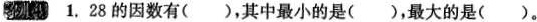
例4 1. 28的因数有( )，其中最小的是( )，最大的是( )。